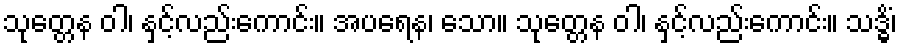
သုတ္တေန ဝါ၊ နှင့်လည်းကောင်း။ အပရေန၊ သော။ သုတ္တေန ဝါ၊ နှင့်လည်းကောင်း။ သဒ္ဓိံ၊